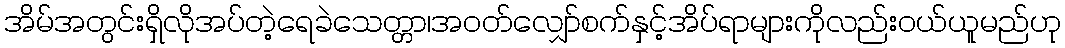
အိမ်အတွင်းရှိလိုအပ်တဲ့ရေခဲသေတ္တာ၊အဝတ်လျှော်စက်နှင့်အိပ်ရာများကိုလည်းဝယ်ယူမည်ဟု